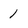
Character: 1